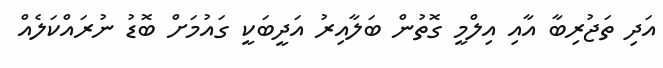
އަދި ތަޖުރިބާ އާއި އިލްމީ ގޮތުން ބަލާއިރު އަދީބަކީ ގައުމަށް ބޮޑު ނުރައްކަލެއް